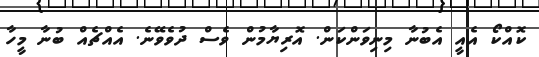
ކޮއްކޯ އެއީ އެބުނާ މިނިވަންކަން. އޮރިޔާމުން ވެސް ދުވެވޭނެ. އެއްޗެއް ބުނާ މީހާ